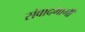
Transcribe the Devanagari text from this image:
संवादभागी